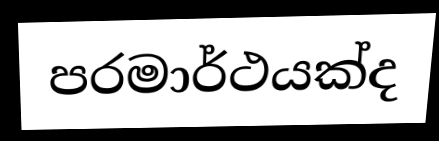
පරමාර්ථයක්ද